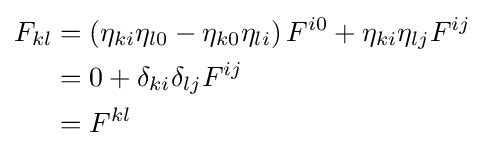
{\begin{aligned}F_{kl}&=\left(\eta _{ki}\eta _{l0}-\eta _{k0}\eta _{li}\right)F^{i0}+\eta _{ki}\eta _{lj}F^{ij}\\&=0+\delta _{ki}\delta _{lj}F^{ij}\\&=F^{kl}\\\end{aligned}}